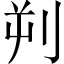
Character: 𪟄